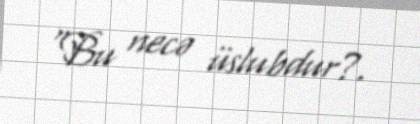
"Bu necə üslubdur?.